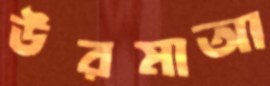
উরমাআ